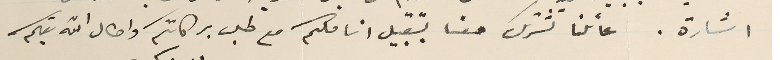
اشارة. عائلنا تشترك معنا بتقبيل اناملكم مع طلب بركاتكم واطال الله بقاكم